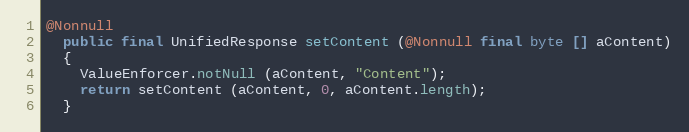
Language: Java
@Nonnull
  public final UnifiedResponse setContent (@Nonnull final byte [] aContent)
  {
    ValueEnforcer.notNull (aContent, "Content");
    return setContent (aContent, 0, aContent.length);
  }